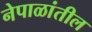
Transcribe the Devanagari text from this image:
नेपाळांतील